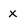
Character: X